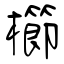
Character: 櫛